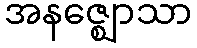
အနဇ္ဈောသာ